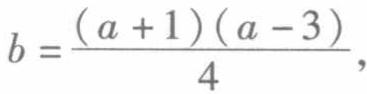
\(b = \frac{(a + 1)(a - 3)}{4},\)